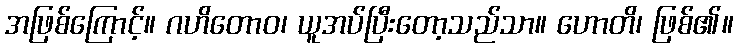
အဖြစ်ကြောင့်။ ဂဟိတောဝ၊ ယူအပ်ပြီးတော့သည်သာ။ ဟောတိ၊ ဖြစ်၏။